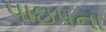
પાઇપના